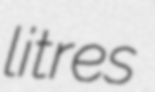
litres